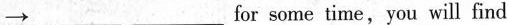
\rightarrow ___ ___ for some time,you will find